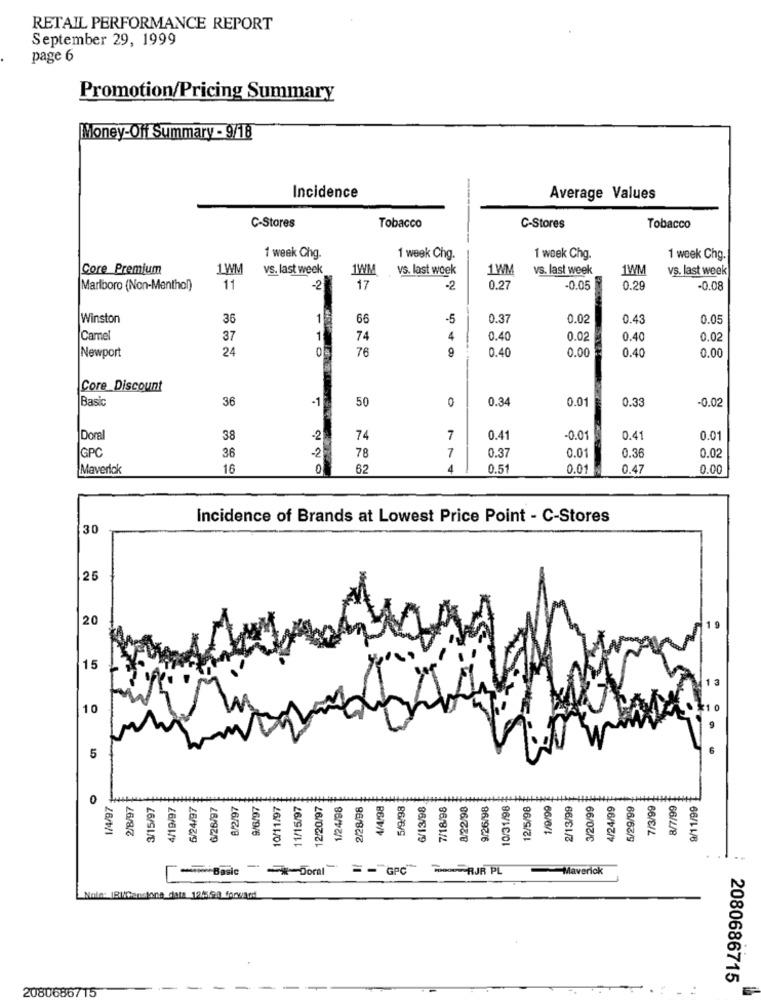
RETAIL PERFORMANCE REPORT
September 29, 1999
page 6
Promotion/Pricing Summary
Money-Off Summary - 9/18
-.
Incidence
Average Values
C-Stores
Tobacco
C-Stores
Tobacco
1 week Chg.
1 week Chg.
1 week Chg.
1 week Chg.
Core Premium
1WM
vs. last week
1WM
vs. last week
1WM
vs. last week
1WM
vs. last week
Marlboro (Non-Menthol)
11
-2
17
-2
0.2
-0.05
0.29
-0.08
Winston
36
1
66
-5
0.3
0.02
0.4
0.05
Camel
37
74
4
0.40
0.02
0.40
0.02
Newport
24
76
9
0.4
0.00
0.00
0.40
Core Discount
|Basic
36
-1
50
0
0.34
0.33
-0.02
0.01
Doral
38
-2
74
7
0.41
-0.01
0.41
0.01
-2
GPC
36
78
7
0.37
0.01
0.36
0.02
Maverick
16
0
62
4
0.51
0.01
0.47
0.00
Incidence of Brands at Lowest Price Point - C-Stores
30
20
1 9
15
1 3
10
5
0
1/4/97
2/8/97
3/15/97
4/19/97
6/24/97
6/26/97
8/2/97
9/6/97
10/11/97
11/15/97
12/20/97
1/24/98
2/28/98
4/4/98
5/9/98
6/13/98
7/18/98
8/22/98
9/26/98
10/31/98
12/5/98
1/9/99
2/13/99
3/20/99
4/24/99
5/29/99
7/3/99
9/11/99
5
BasicDoral- GPC RJR PL
Maverick
Nole: IBilGenstane ciata 12:598 forvand
2080686715
2080686715